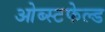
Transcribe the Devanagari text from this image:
ओब्स्टफेल्ड